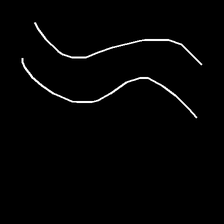
Glyph: float